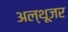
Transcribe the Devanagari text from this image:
अल्थूजर